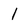
Character: l